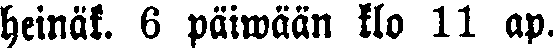
heinäk. 6 päiwään klo 11 ap.